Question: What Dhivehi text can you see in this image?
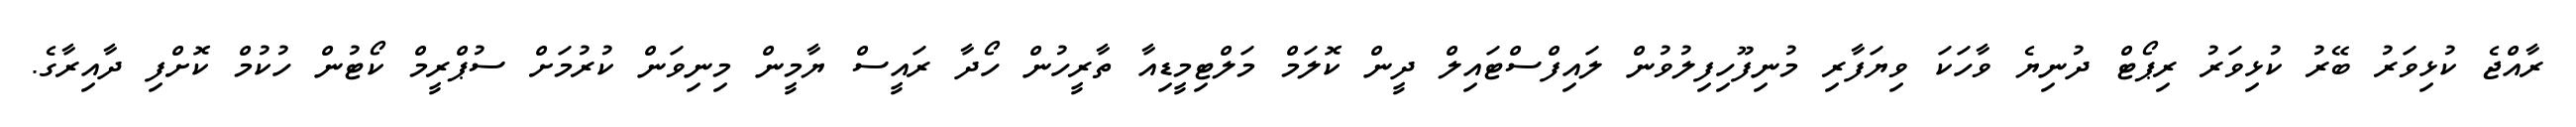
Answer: ރާއްޖެ ކުޅިވަރު ބޭރު ކުޅިވަރު ރިޕޯޓް ދުނިޔެ ވާހަކަ ވިޔަފާރި މުނިފޫހިފިލުވުން ލައިފްސްޓައިލް ދީން ކޮލަމް މަލްޓިމީޑިއާ ތާރީހުން ހޯދާ ރައީސް ޔާމީން މިނިވަން ކުރުމަށް ސުޕްރީމް ކޯޓުން ހުކުމް ކޮށްފި ދާއިރާގެ.